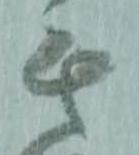
其